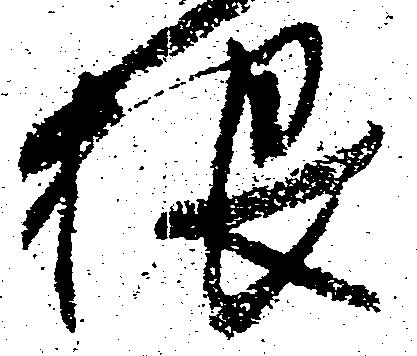
根